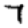
Digit: 7